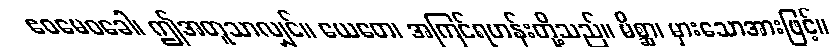
ဧဝမေဝခေါ၊ ဤအတူသာလျှင်။ ယေတေ၊ အကြင်ရဟန်းတို့သည်။ မိစ္ဆာ၊ မှားသောအားဖြင့်။